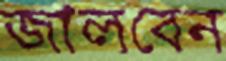
জালবেন